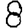
Digit: 8